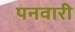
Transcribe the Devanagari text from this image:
पनवारी